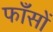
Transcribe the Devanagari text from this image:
फाँसों